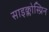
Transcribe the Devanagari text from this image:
साइक्लोस्प्रिन